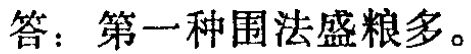
答：第一种围法盛粮多。